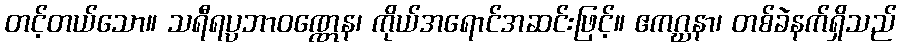
တင့်တယ်သော။ သရီရပ္ပဘာဝဏ္ဏေန၊ ကိုယ်အရောင်အဆင်းဖြင့်။ ဧကဂ္ဃနာ၊ တစ်ခဲနက်ရှိသည်